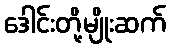
ဒေါင်းတို့မျိုးဆက်